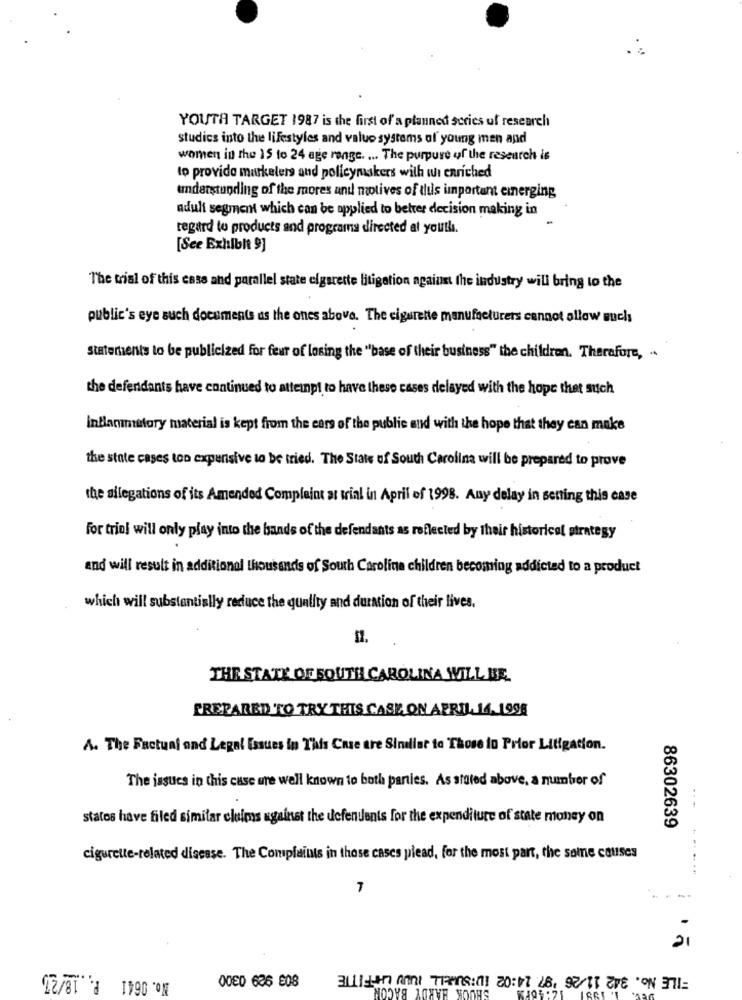
YOUTH TARGET 1987 is the first of a planned series of research
studies into the lifestyles and value systems of young men and
women in the 15 to 24 age range. ... The purpure of the research is
to provide marketers and policymakers with whi enriched
understanding of the mores and motives of this important emerging
adult segment which can be applied to better decision making in
regard to products and programa directed at youth.
[Sce Exhibit 9]
The trial of this case and parallel state cigarette litigation against the industry will bring to the
public's eye such documents as the ones above. The cigarette manufacturers cannot allow much
statements to be publicized for feur of losing the "base of their business" the children. Therefore, ..
the defendants have continued to atteinpt to have these cases delayed with the hope that such
Inflammatory material is kept from the ears of the public and with the hope that they can make
the state cases too expensive to be tried. The State of South Carolina will be prepared to prove
the allegations of its Amended Complaint at tial in April of 1998. Any delay in setting this case
for triol will only play into the bands of the defendants as reflected by their historical strategy
and will result in additional thousands of South Carolina children becoming addicted to a product
which will substantially reduce the quality and duration of their lives.
THE STATE OF SOUTH CAROLINA WILL BE.
PREPARED TO TRY THIS CASE ON APRIL 14. 1998
A. The Factual and Legal Issues in This Case are Sindliar to Those in Prior Litigation.
The issues in this case are well known to both parties. As stated above, a number of
statos have filed similar claims against the defendants for the expenditure of state money on
86302639
cigurette-related disease. The Complaints in those cases plead, for the most part, the some causes
7
21
No. 0641 P. 18/27
=ILE No. 342 11/26 '97 14:02 ID:SUHELL INOU LAFFITTE
SHOOK HARDY BACON
ODED 636 808